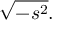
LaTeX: { \sqrt { - s ^ { 2 } } } .